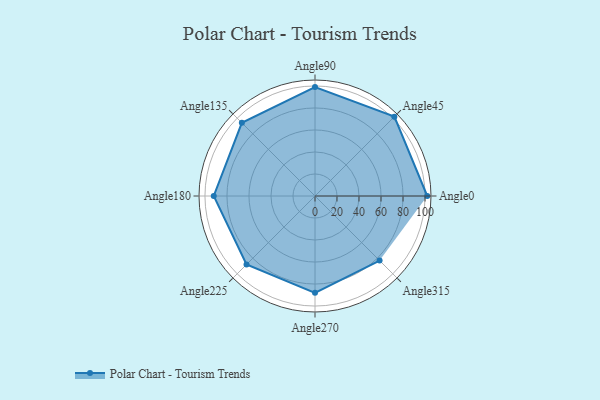
{"axis": {"x": "Angle", "y": "Radius"}, "legend": [""], "data": [{"x": "Angle0", "y": 102.0, "type": ""}, {"x": "Angle45", "y": 102.0, "type": ""}, {"x": "Angle90", "y": 99.0, "type": ""}, {"x": "Angle135", "y": 94.0, "type": ""}, {"x": "Angle180", "y": 92.0, "type": ""}, {"x": "Angle225", "y": 88.0, "type": ""}, {"x": "Angle270", "y": 88.0, "type": ""}, {"x": "Angle315", "y": 83.0, "type": ""}]}